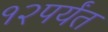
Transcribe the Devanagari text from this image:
१२पर्यंत